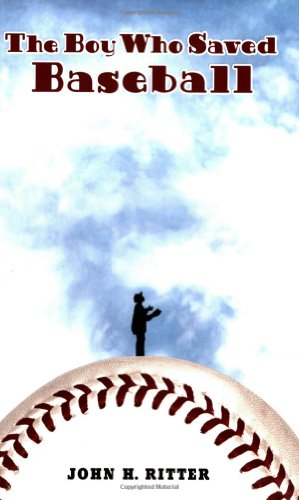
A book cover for The Boy Who Saved Baseball; John Ritter; Children's Books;